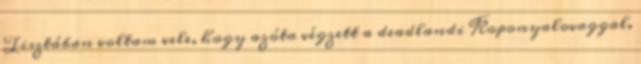
Tisztában voltam vele, hogy azóta végzett a deadlandi Koponyalovaggal,